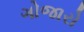
ગોજારો